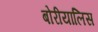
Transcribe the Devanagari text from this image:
बोरीयालिस